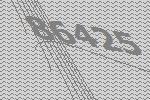
86425